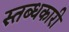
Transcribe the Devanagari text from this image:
स्तब्धकारी